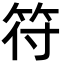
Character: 符